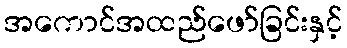
အကောင်အထည်ဖော်ခြင်းနှင့်